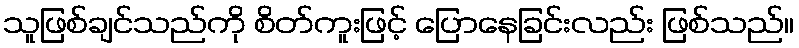
သူဖြစ်ချင်သည်ကို စိတ်ကူးဖြင့် ပြောနေခြင်းလည်း ဖြစ်သည်။